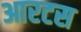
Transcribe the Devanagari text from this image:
आरटस